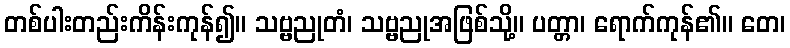
တစ်ပါးတည်းကိန်းကုန်၍။ သဗ္ဗညုတံ၊ သဗ္ဗညုအဖြစ်သို့။ ပတ္တာ၊ ရောက်ကုန်၏။ တေ၊